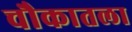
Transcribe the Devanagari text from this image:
चौकातला